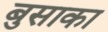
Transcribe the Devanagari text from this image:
बुसाका